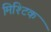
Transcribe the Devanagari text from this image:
मिश्टिक